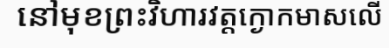
នៅមុខព្រះវិហារវត្តក្ងោកមាសលើ